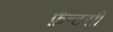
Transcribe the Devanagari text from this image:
फ़ैन्टसी